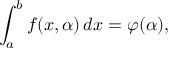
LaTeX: \int _ { a } ^ { b } f ( x , \alpha ) \, d x = \varphi ( \alpha ) ,